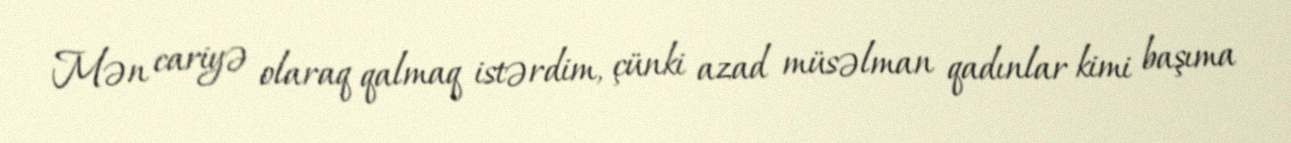
Mən cariyə olaraq qalmaq istərdim, çünki azad müsəlman qadınlar kimi başıma